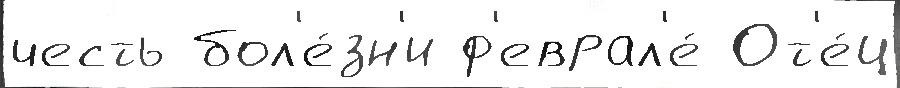
честь бол'е́зн'и ф'еврал'е́ От'е́ц